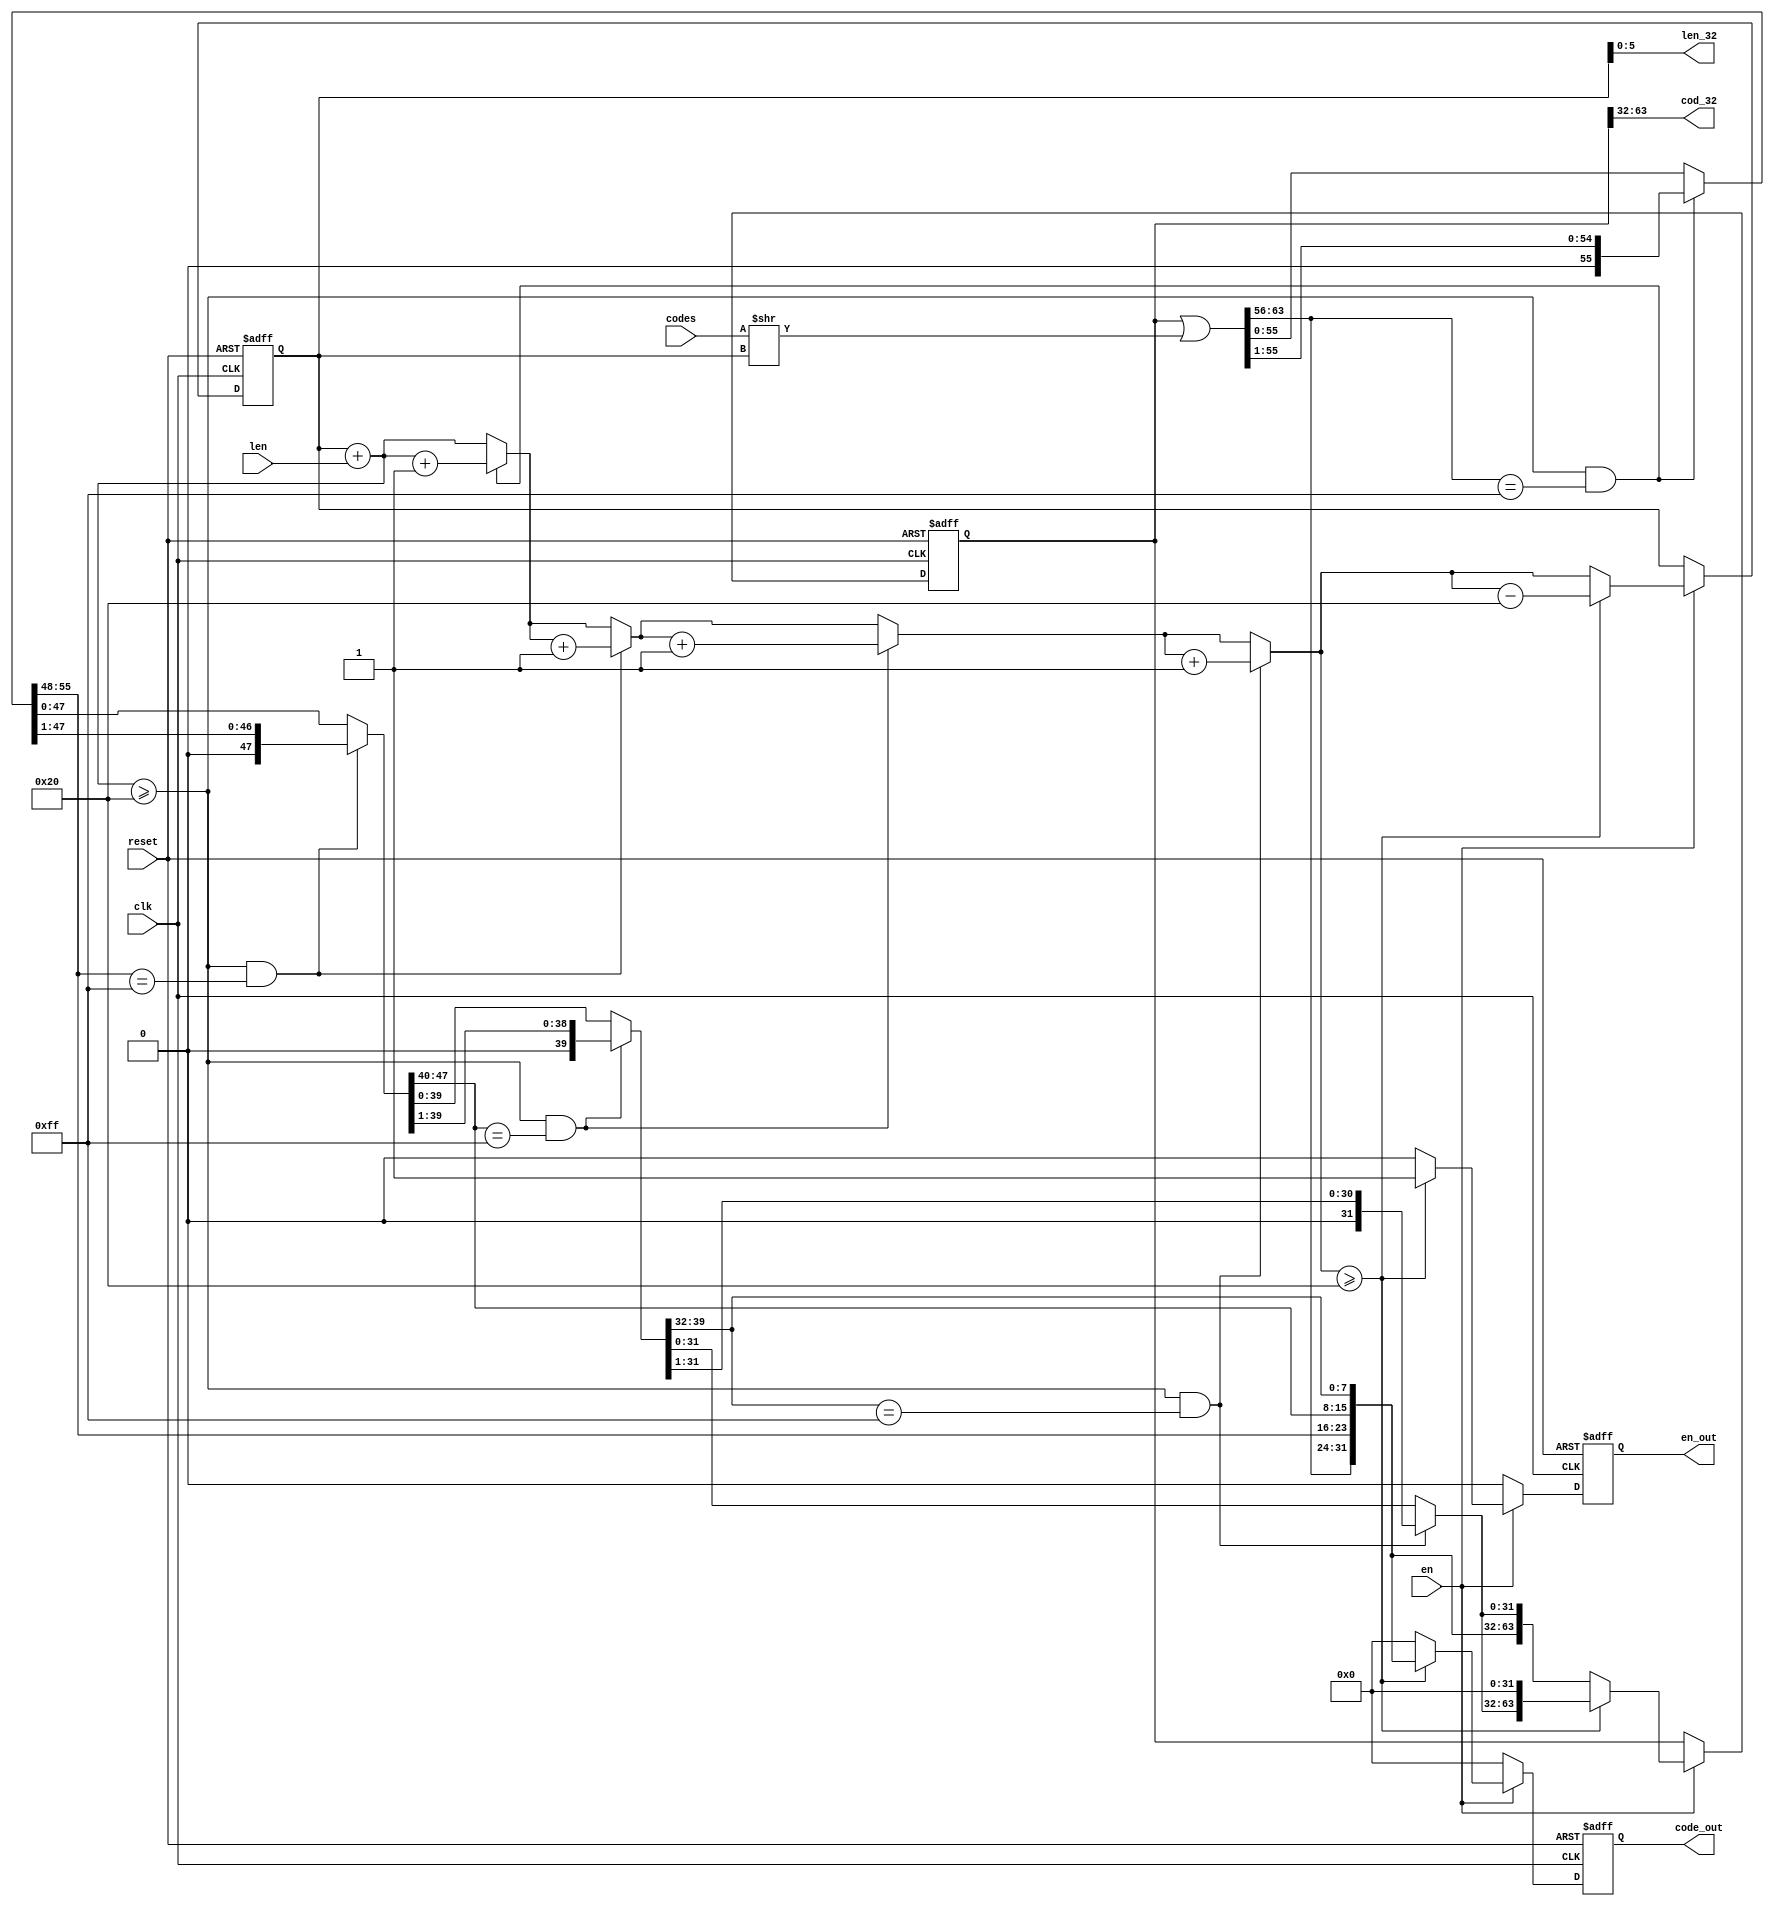
`timescale 1ns / 1ps
//////////////////////////////////////////////////////////////////////////////////
// Company: 
// Engineer: 
// 
// Design Name: 
// Module Name:    load_stream 
// Project Name: 
// Target Devices: 
// Tool versions: 
// Description: 
//
// Dependencies: 
//
// Revision: 
// Revision 0.01 - File Created
// Additional Comments: 
//
//////////////////////////////////////////////////////////////////////////////////
module load_stream(clk, en, reset, codes, len, code_out, en_out,cod_32,len_32);
    input clk;
    input en;
    input reset;
    input [63:0] codes;
    input [6:0] len;
    output [31:0] code_out;
    output en_out;
    output [31:0] cod_32;
	 output [5:0] len_32;
	 
	 reg [31:0] code_out;
    reg en_out;
	 
	 reg [63:0] code_64;
	 reg [6:0] len_64;
	 
	 wire [63:0] code_temp;
//	 wire [63:0] code_temp_1;
	 wire [63:0] code_temp_2;
	 wire [6:0] len_tmp;

//assign    #1   code_temp_1={codes[31:0],32'h0000_0000};	 
assign    #1    code_temp_2=codes>>(len_64);	 
assign	#1	   code_temp=code_64|code_temp_2;
assign	#1		len_tmp=len_64+len;
			
wire [63:0] code_tmp1,code_tmp2,code_tmp3,code_tmp4;
wire [6:0]  len_1,len_2,len_3,len_4; 

wire en_1,en_2,en_3,en_4;

assign #1 en_1=(len_tmp>=32)&&(code_temp[63:56]==8'hFF);
assign #1 en_2=(len_tmp>=32)&&(code_tmp1[55:48]==8'hFF);
assign #1 en_3=(len_tmp>=32)&&(code_tmp2[47:40]==8'hFF);
assign #1 en_4=(len_tmp>=32)&&(code_tmp3[39:32]==8'hFF);

   assign #1 code_tmp1=en_1?{code_temp[63:56],1'b0,code_temp[55:1]}:code_temp;
	assign #1 len_1    =en_1?(len_tmp+1):len_tmp;
   
   assign #1 code_tmp2=en_2?{code_tmp1[63:48],1'b0,code_tmp1[47:1]}:code_tmp1;
	assign #1 len_2    =en_2?(len_1+1):len_1;
	
	assign #1 code_tmp3=en_3?{code_tmp2[63:40],1'b0,code_tmp2[39:1]}:code_tmp2;
	assign #1 len_3    =en_3?(len_2+1):len_2;
	
	assign #1 code_tmp4=en_4?{code_tmp3[63:32],1'b0,code_tmp3[31:1]}:code_tmp3;
	assign #1 len_4    =en_4?(len_3+1):len_3;
	
	always@(posedge clk or negedge reset)
	 if(!reset)
	  begin
	  code_out<=0;
	  en_out<=0;
	  code_64<=0;
	  len_64<=0;
	  end
	 else if(en)
	   begin
		  
		  if(len_4>=32)
		    begin
			  code_64<=(code_tmp4<<32);
		     len_64<=len_4-32;
		     code_out<=code_tmp4[63:32];
		     en_out<=1;
		    end
		  else 
		    begin
			  code_64<=code_tmp4;
		     len_64<=len_4;
		     code_out<=0;
		     en_out<=0;
		   end
		 
		end
	 else 
	   begin
		code_out<=0;
	   en_out<=0;
	   code_64<=code_64;
	   len_64<=len_64;
		end
	
 assign	cod_32=code_64[63:32];
 assign  len_32=len_64[5:0]; 
	 
endmodule